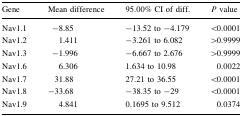
| Gene | Mean difference | 95.00% CI of diff. | P value |
 | --- | --- | --- | --- |
 | Nav1.1 | −8.85 | −13.52 to −4.179 | <0.0001 |
 | Nav1.2 | 1.411 | −3.261 to 6.082 | >0.9999 |
 | Nav1.3 | −1.996 | −6.667 to 2.676 | >0.9999 |
 | Nav1.6 | 6.306 | 1.634 to 10.98 | 0.0022 |
 | Nav1.7 | 31.88 | 27.21 to 36.55 | <0.0001 |
 | Nav1.8 | −33.68 | −38.35 to −29 | <0.0001 |
 | Nav1.9 | 4.841 | 0.1695 to 9.512 | 0.0374 |